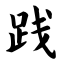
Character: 践